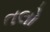
તલો